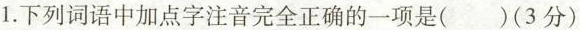
1.下列词语中加点字注音完全正确的一项是()(3分)